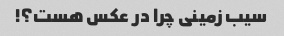
سیب زمینی چرا در عکس هست؟!